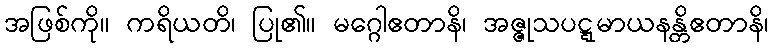
အဖြစ်ကို။ ကရိယတိ၊ ပြု၏။ မဂ္ဂေါဧတာနိ၊ အဇ္ဇုသပဋ္ဋမာယနန္တိဧတာနိ၊